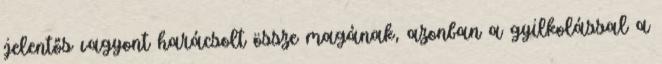
jelentős vagyont harácsolt össze magának, azonban a gyilkolással a